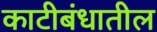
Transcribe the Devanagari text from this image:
काटीबंधातील